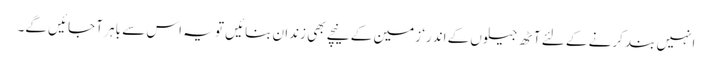
انہیں بند کرنے کے لئے آٹھ جیلوں کے اندر‘ زمین کے نیچے بھی زندان بنائیں تو یہ اس سے باہر آ جائیں گے۔